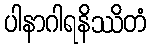
ပါနာဂါရနိဿိတံ